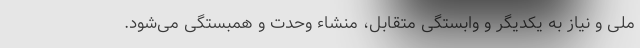
ملی و نیاز به یکدیگر و وابستگی متقابل، منشاء وحدت و همبستگی می‌شود.